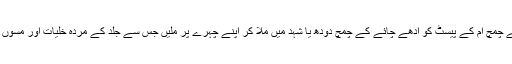
یہ چہرے پر مسوں یا دانوں کے لیے بھی فائدہ مند ہے، ایک چائے کے چمچ آم کے پیسٹ کو آدھے چائے کے چمچ دودھ یا شہد میں ملا کر اپنے چہرے پر ملیں جس سے جلد کے مردہ خلیات اور مسوں وغیرہ کو ہٹانے میں مدد ملے گی جبکہ جلد زیادہ جگمگانے لگے گی۔